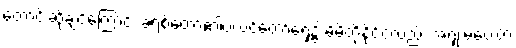
တောင်းဆိုချင်ကြောင်း ခရစ်တော်၏ပလ္လင်တော်ရှေ့၌ မိမိတို့နိုင်ငံလည်း အရှုံးမပေးတဲ့